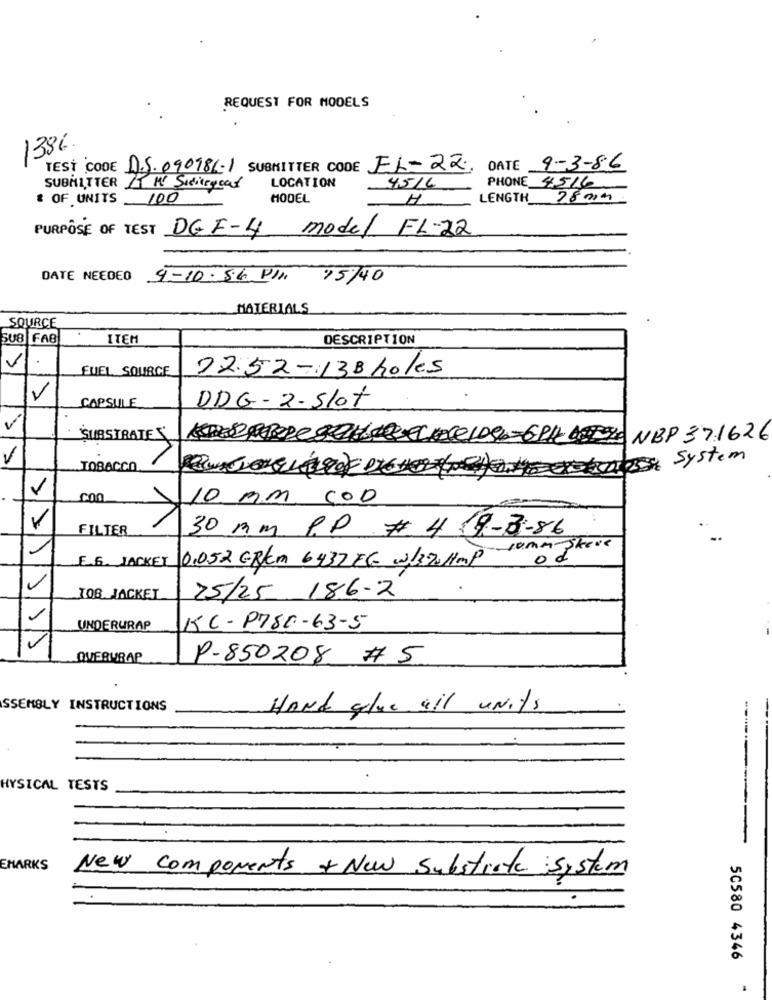
REQUEST FOR MODELS
1386.
TEST CODE 11.S.090986-1 SUBMITTER CODE EL-22.
DATE 9-3-86
SUBMITTER IT WY Sidicegoat
LOCATION
45/6
PHONE 4.516
* OF UNITS
100
MODEL
H.
LENGTH 28000
PURPOSE OF TEST DE E-4 model FL-22
DATE NEEDED 9-10-86 Pln 15/40
MATERIALS
SOURCE
SUB FAB
ITEM
DESCRIPTION
V
FUEL SOURCE
22.52-138holes
V
CAPSULE
DDG- 2- Slot
SUBSTRATES
KeSCHWewelDe4-6PILLERE NBP 371626
V
TOBACCO
Quasi(r){ Date()system
10 mm coD
FILTER
11
30 mm PP # 4 19-3-86
1
Jomm Skere
E.6. JACKET 0.052 GRAM 6432EC w313.20HMP
od
IOB JACKET
25/25 186-2
UNDERURAP
KC-P780-63-5
OVERWRAP
P-850208 # 5
SSEMBLY INSTRUCTIONS
HAND glue all units
HYSICAL TESTS
EMARKS
New components + New Substrate system
50580 4346